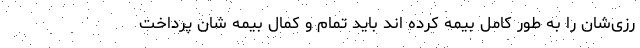
رزی‌شان را به طور کامل بیمه کرده اند باید تمام و کمال بیمه شان پرداخت